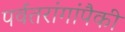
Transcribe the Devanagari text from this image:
पर्वतरांगांपैकी